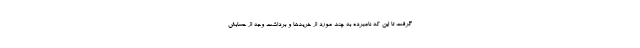
گرفت تا این که نامبرده به چند مورد از خریدها و برداشت وجه از حسابش